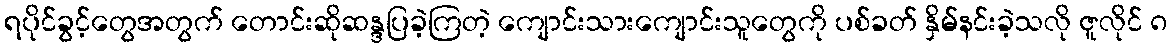
ရပိုင်ခွင့်တွေအတွက် တောင်းဆိုဆန္ဒပြခဲ့ကြတဲ့ ကျောင်းသားကျောင်းသူတွေကို ပစ်ခတ် နှိမ်နင်းခဲ့သလို ဇူလိုင် ၈